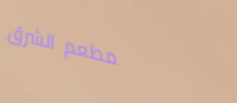
مطعم الشرق